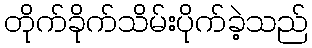
တိုက်ခိုက်သိမ်းပိုက်ခဲ့သည်